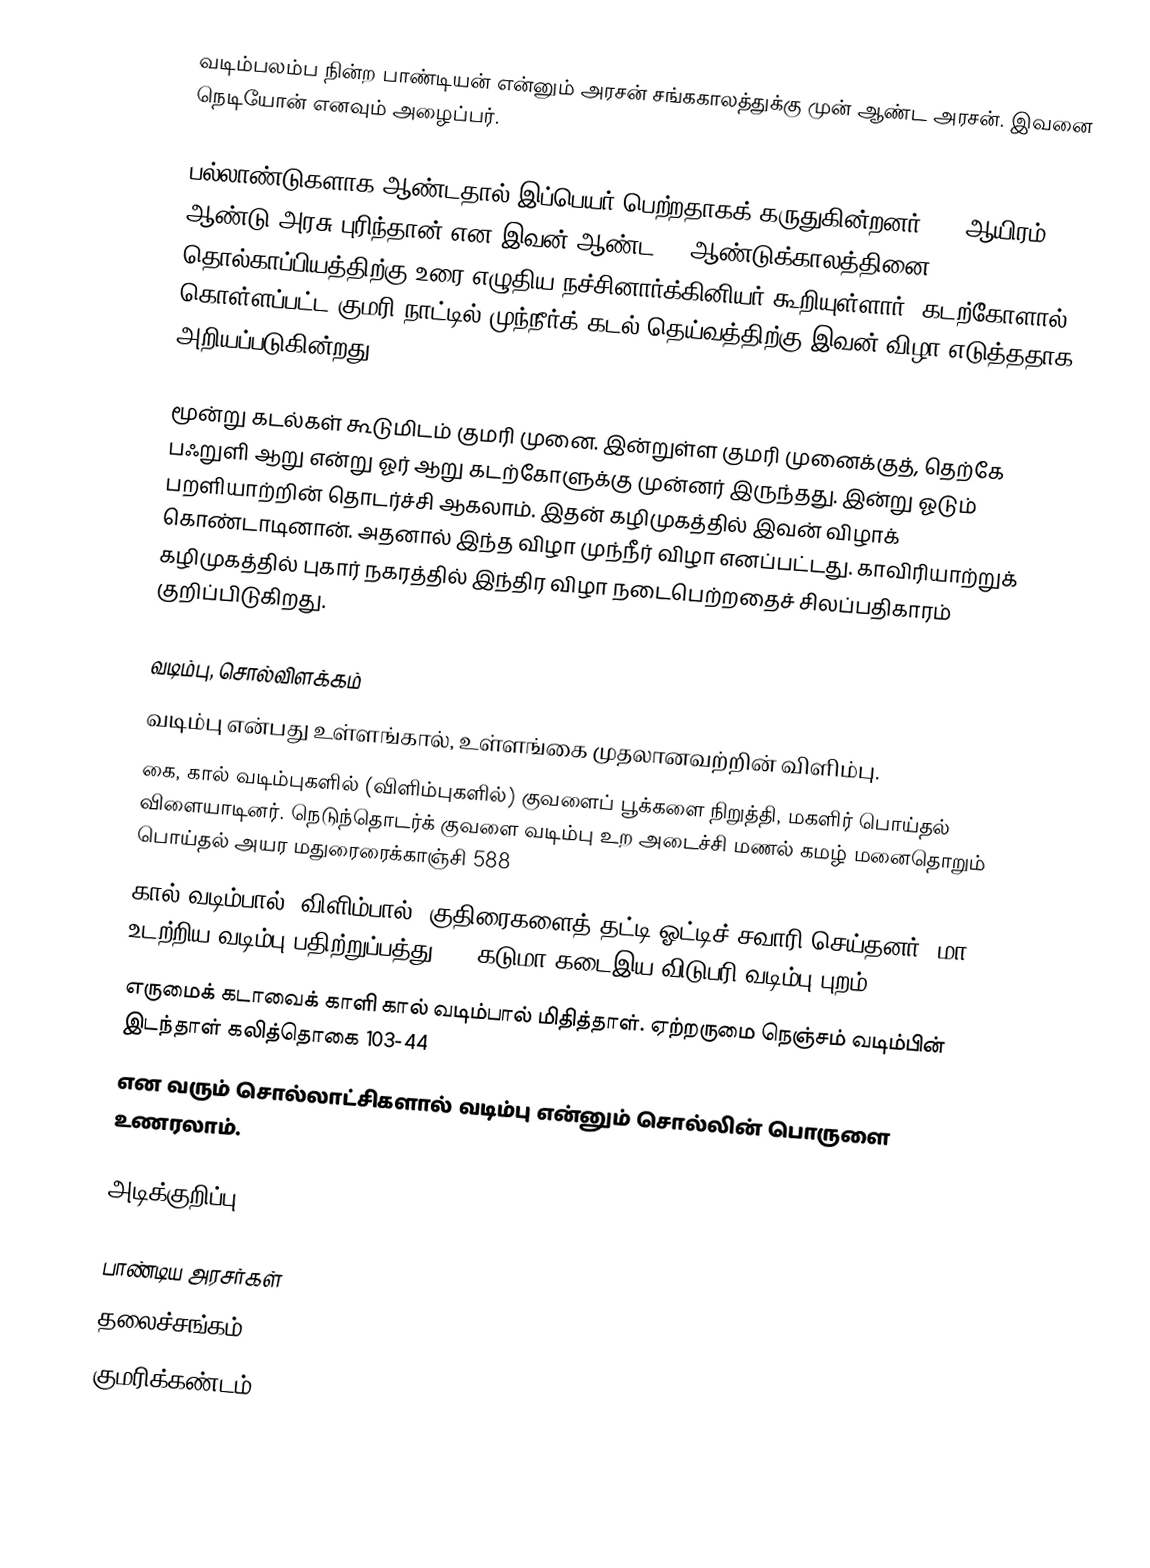
வடிம்பலம்ப நின்ற பாண்டியன் என்னும் அரசன் சங்ககாலத்துக்கு முன் ஆண்ட அரசன். இவனை நெடியோன் எனவும் அழைப்பர்.

பல்லாண்டுகளாக ஆண்டதால் இப்பெயர் பெற்றதாகக் கருதுகின்றனர். 24 ஆயிரம் ஆண்டு அரசு புரிந்தான் என இவன் ஆண்ட 24 ஆண்டுக்காலத்தினை தொல்காப்பியத்திற்கு உரை எழுதிய நச்சினார்க்கினியர் கூறியுள்ளார். கடற்கோளால் கொள்ளப்பட்ட குமரி நாட்டில் முந்நீர்க் கடல் தெய்வத்திற்கு இவன் விழா எடுத்ததாக அறியப்படுகின்றது.

மூன்று கடல்கள் கூடுமிடம் குமரி முனை. இன்றுள்ள குமரி முனைக்குத், தெற்கே பஃறுளி ஆறு என்று ஓர் ஆறு கடற்கோளுக்கு முன்னர் இருந்தது. இன்று ஓடும் பறளியாற்றின் தொடர்ச்சி ஆகலாம். இதன் கழிமுகத்தில் இவன் விழாக் கொண்டாடினான். அதனால் இந்த விழா முந்நீர் விழா எனப்பட்டது. காவிரியாற்றுக் கழிமுகத்தில் புகார் நகரத்தில் இந்திர விழா நடைபெற்றதைச் சிலப்பதிகாரம் குறிப்பிடுகிறது.

வடிம்பு, சொல்விளக்கம்
வடிம்பு என்பது உள்ளங்கால், உள்ளங்கை  முதலானவற்றின் விளிம்பு.
கை, கால் வடிம்புகளில் (விளிம்புகளில்) குவளைப் பூக்களை நிறுத்தி, மகளிர் பொய்தல் விளையாடினர். நெடுந்தொடர்க் குவளை வடிம்பு உற அடைச்சி மணல் கமழ் மனைதொறும் பொய்தல் அயர மதுரைரைக்காஞ்சி 588
கால் வடிம்பால் (விளிம்பால்) குதிரைகளைத் தட்டி ஓட்டிச் சவாரி செய்தனர். மா உடற்றிய வடிம்பு பதிற்றுப்பத்து 70, கடுமா கடைஇய விடுபரி வடிம்பு புறம் 378
எருமைக் கடாவைக் காளி கால் வடிம்பால் மிதித்தாள். ஏற்றருமை நெஞ்சம் வடிம்பின் இடந்தாள் கலித்தொகை 103-44
என வரும் சொல்லாட்சிகளால் வடிம்பு என்னும் சொல்லின் பொருளை உணரலாம்.

அடிக்குறிப்பு

பாண்டிய அரசர்கள்
தலைச்சங்கம்
குமரிக்கண்டம்